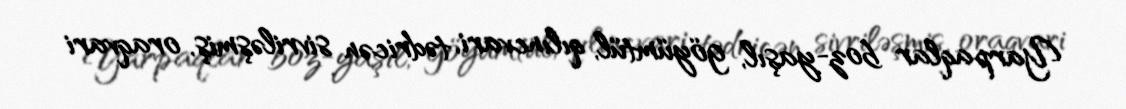
Yarpaqlar boz-yaşıl, göyümtül, qılıncvari, tədricən sivriləşmiş, oraqvari